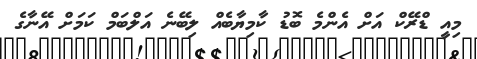
މިއީ ޑްރޭކް އަށް އެންމެ ބޮޑު ކާމިޔާބެއް ލިބޭނެ އަލްބަމް ކަމަށް އޭނާގެ